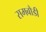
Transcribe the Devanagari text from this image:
समबौडी